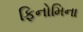
ફિનોમિના